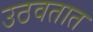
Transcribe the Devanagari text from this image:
उठवतात